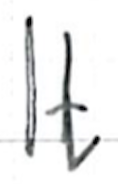
Text: It
Cross-out: clean
Writing tool: ballpoint